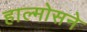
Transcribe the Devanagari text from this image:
हाल्मोसने